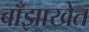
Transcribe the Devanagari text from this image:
बाँझाखेत